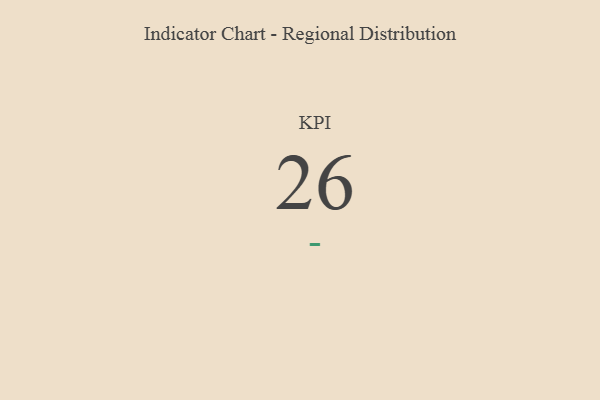
{"axis": {"x": "KPI", "y": "Value"}, "legend": [""], "data": [{"x": "KPI", "y": 26, "type": ""}]}